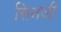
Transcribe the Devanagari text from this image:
सिनजी